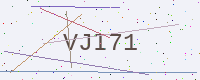
Text: VJI71